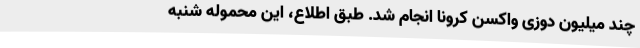
چند میلیون دوزی واکسن کرونا انجام شد. طبق اطلاع‌، این محموله شنبه